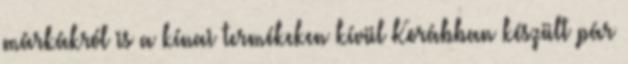
márkákról is a kínai termékeken kívül Korábban készült pár